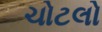
ચોટલો